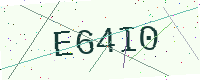
Text: E64I0